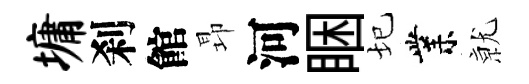
墉刹館昻河睏圮業𭕒